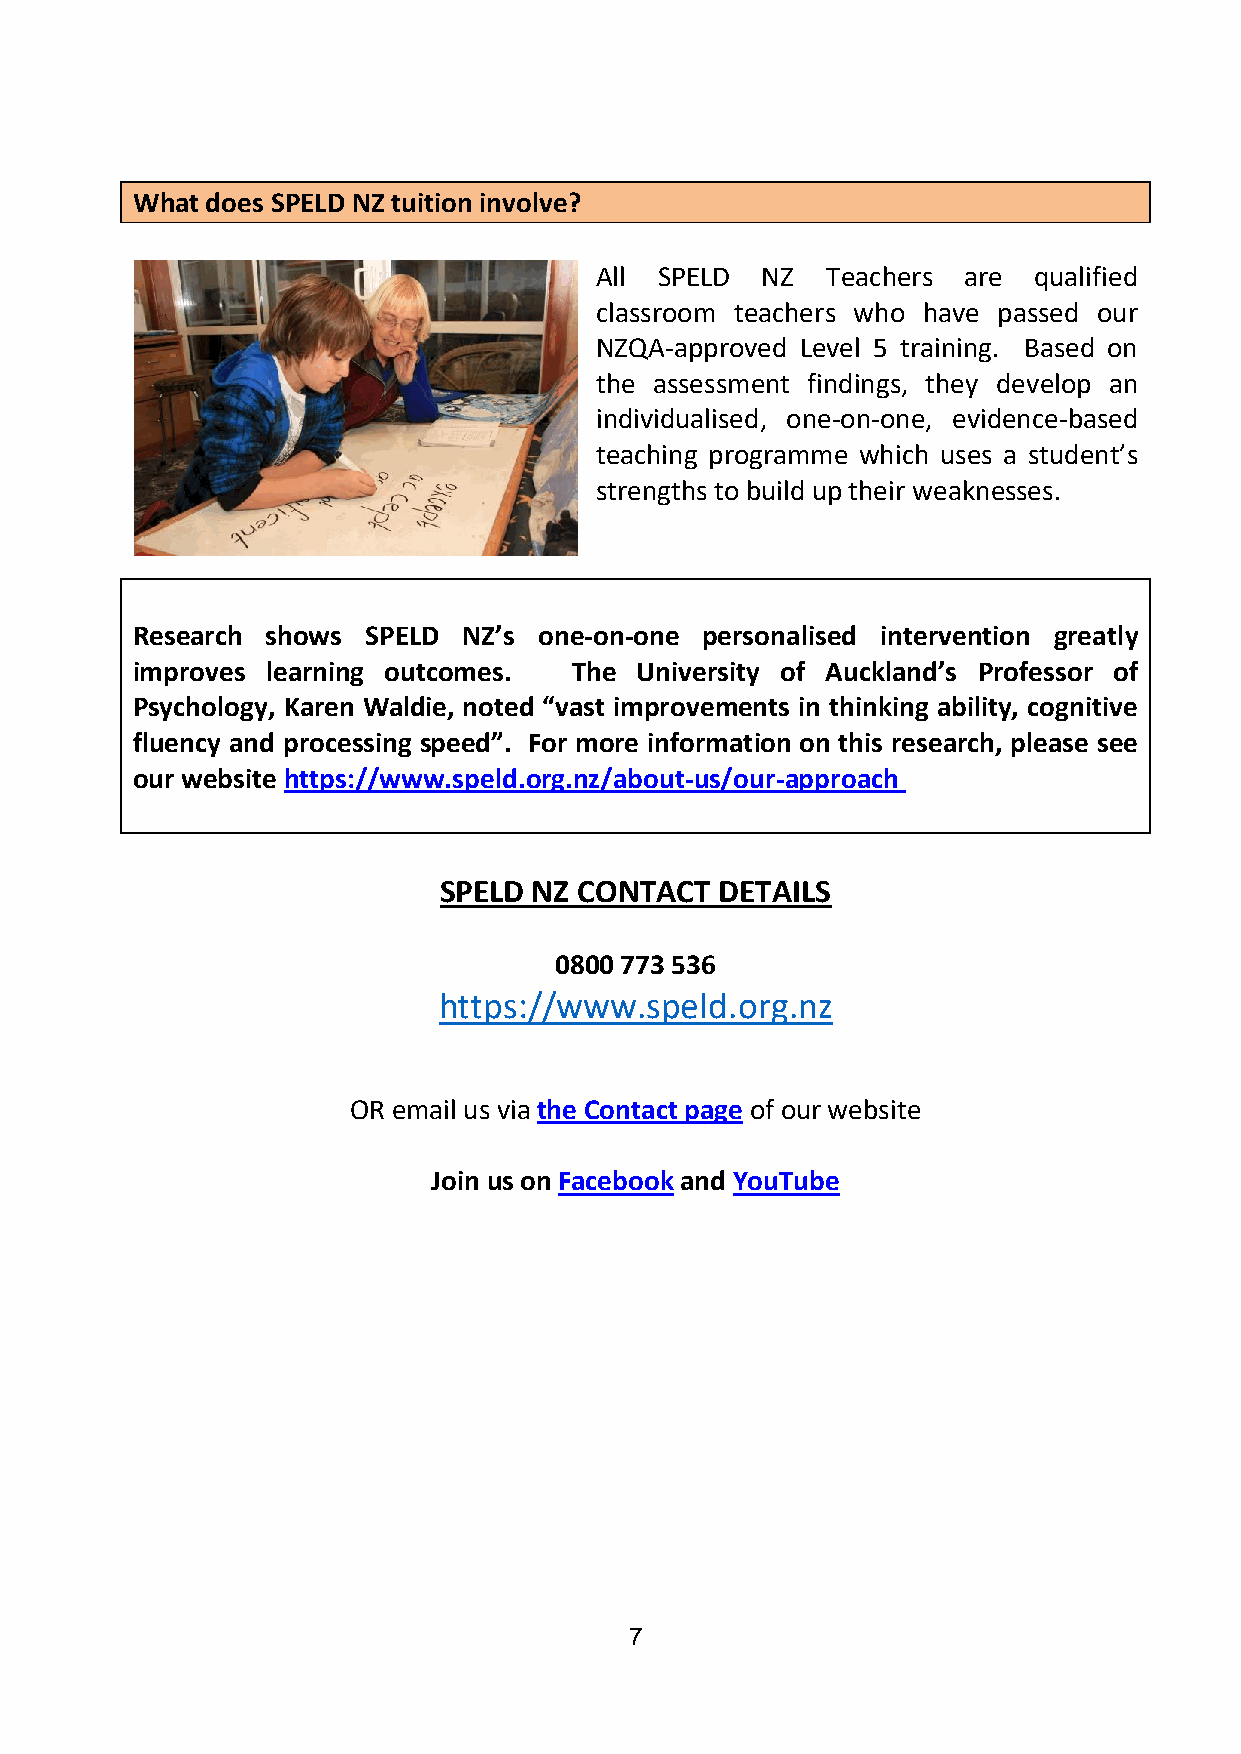
What does SPELD NZ tuition involve?
 All  SPELD NZ   Teachers are qualified
 classroom teachers who have passed our
 NZQA-approved Level 5 training. Based on
 the assessment findings, they develop an
 individualised, one-on-one, evidence-based
 teaching programme which uses a student’s
 strengths to build up their weaknesses.
 Research shows SPELD  NZ’s one-on-one personalised intervention greatly
 improves learning outcomes.  The University of Auckland’s Professor of
 Psychology, Karen Waldie, noted “vast improvements in thinking ability, cognitive
 fluency and processing speed”. For more information on this research, please see
 our website https://www.speld.org.nz/about-us/our-approach
 SPELD NZ CONTACT   DETAILS
 0800 773 536
 https://www.speld.org.nz
 OR email us via the Contact page of our website
 Join us on Facebook and YouTube
 7